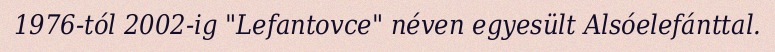
1976-tól 2002-ig "Lefantovce" néven egyesült Alsóelefánttal.